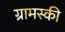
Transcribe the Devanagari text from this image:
ग्रामस्की